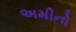
અમીનો